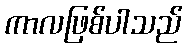
ကာလဖြစ်ပါသည်